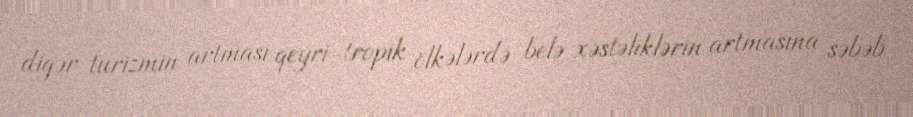
digər turizmin artması qeyri-tropik ölkələrdə belə xəstəliklərin artmasına səbəb